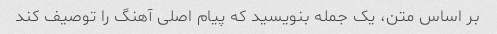
بر اساس متن، یک جمله بنویسید که پیام اصلی آهنگ را توصیف کند